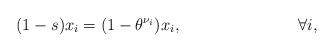
LaTeX: \begin{align*}(1-s)x_i&=(1-\theta^{\nu_i})x_i,& \forall i,\end{align*}